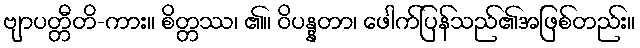
ဗျာပတ္တီတိ-ကား။ စိတ္တဿ၊ ၏။ ဝိပန္နတာ၊ ဖေါက်ပြန်သည်၏အဖြစ်တည်း။